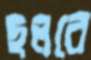
ছলরে